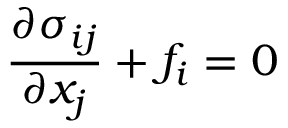
{ \frac { \partial \sigma _ { i j } } { \partial x _ { j } } } + f _ { i } = 0